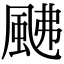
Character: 𩖼